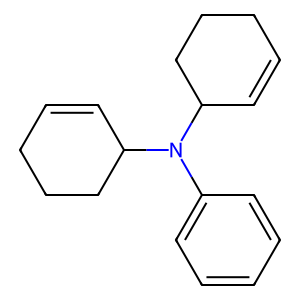
SMILES: C1=CC(N(c2ccccc2)C2C=CCCC2)CCC1
Inhibits HIV replication: No